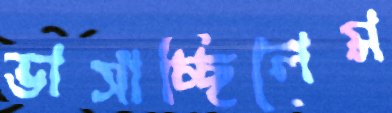
ভাসাচ্ছিলেম